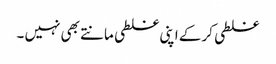
غلطی کر کے اپنی غلطی مانتے بھی نہیں ۔